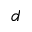
d